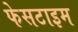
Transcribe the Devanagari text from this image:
फेसटाइम